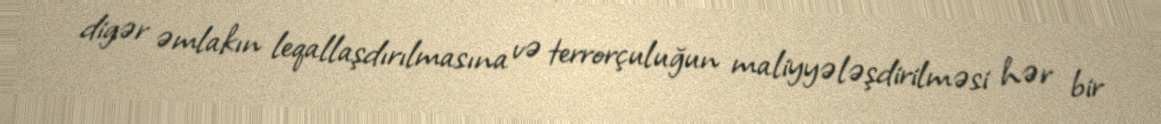
digər əmlakın leqallaşdırılmasına və terrorçuluğun maliyyələşdirilməsi hər bir